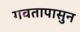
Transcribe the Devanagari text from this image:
गवतापासुन